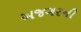
અજગરની